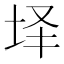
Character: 𰉣